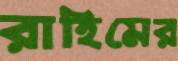
রাহিমের